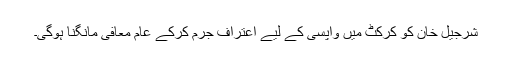
شرجیل خان کو کرکٹ میں واپسی کے لیے اعتراف جرم کرکے عام معافی مانگنا ہوگی۔